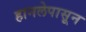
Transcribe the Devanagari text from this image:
हानलेपासून